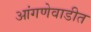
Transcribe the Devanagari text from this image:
आंगणेवाडीत